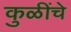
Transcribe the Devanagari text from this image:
कुळींचे